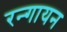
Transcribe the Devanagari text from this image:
रन्गायन